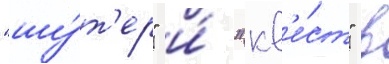
"шу́т'ер" и́ "кв'е́ст" в